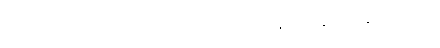
၁၆။ ရမ္မာမြို့သူမြို့သားတို့သည် ဒီပင်္ကရာမြတ်စွာဘုရားနှင့် ရဟန္တာ ၄ သိန်းကိုဆွမ်းကပ်